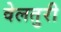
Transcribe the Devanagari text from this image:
वेलतुरी